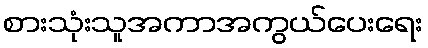
စားသုံးသူအကာအကွယ်ပေးရေး